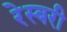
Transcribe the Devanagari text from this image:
रेस्बरी